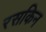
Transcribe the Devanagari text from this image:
रसकिन